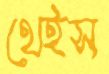
থেইস